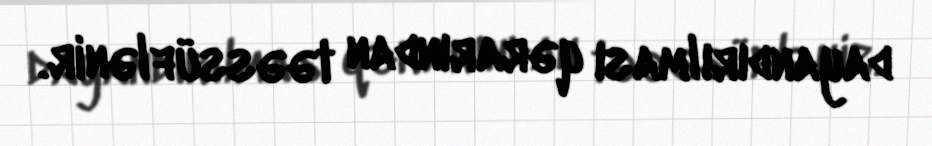
dayandırılması qərarından təəssüflənir.